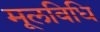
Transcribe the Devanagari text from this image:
मूलविधि